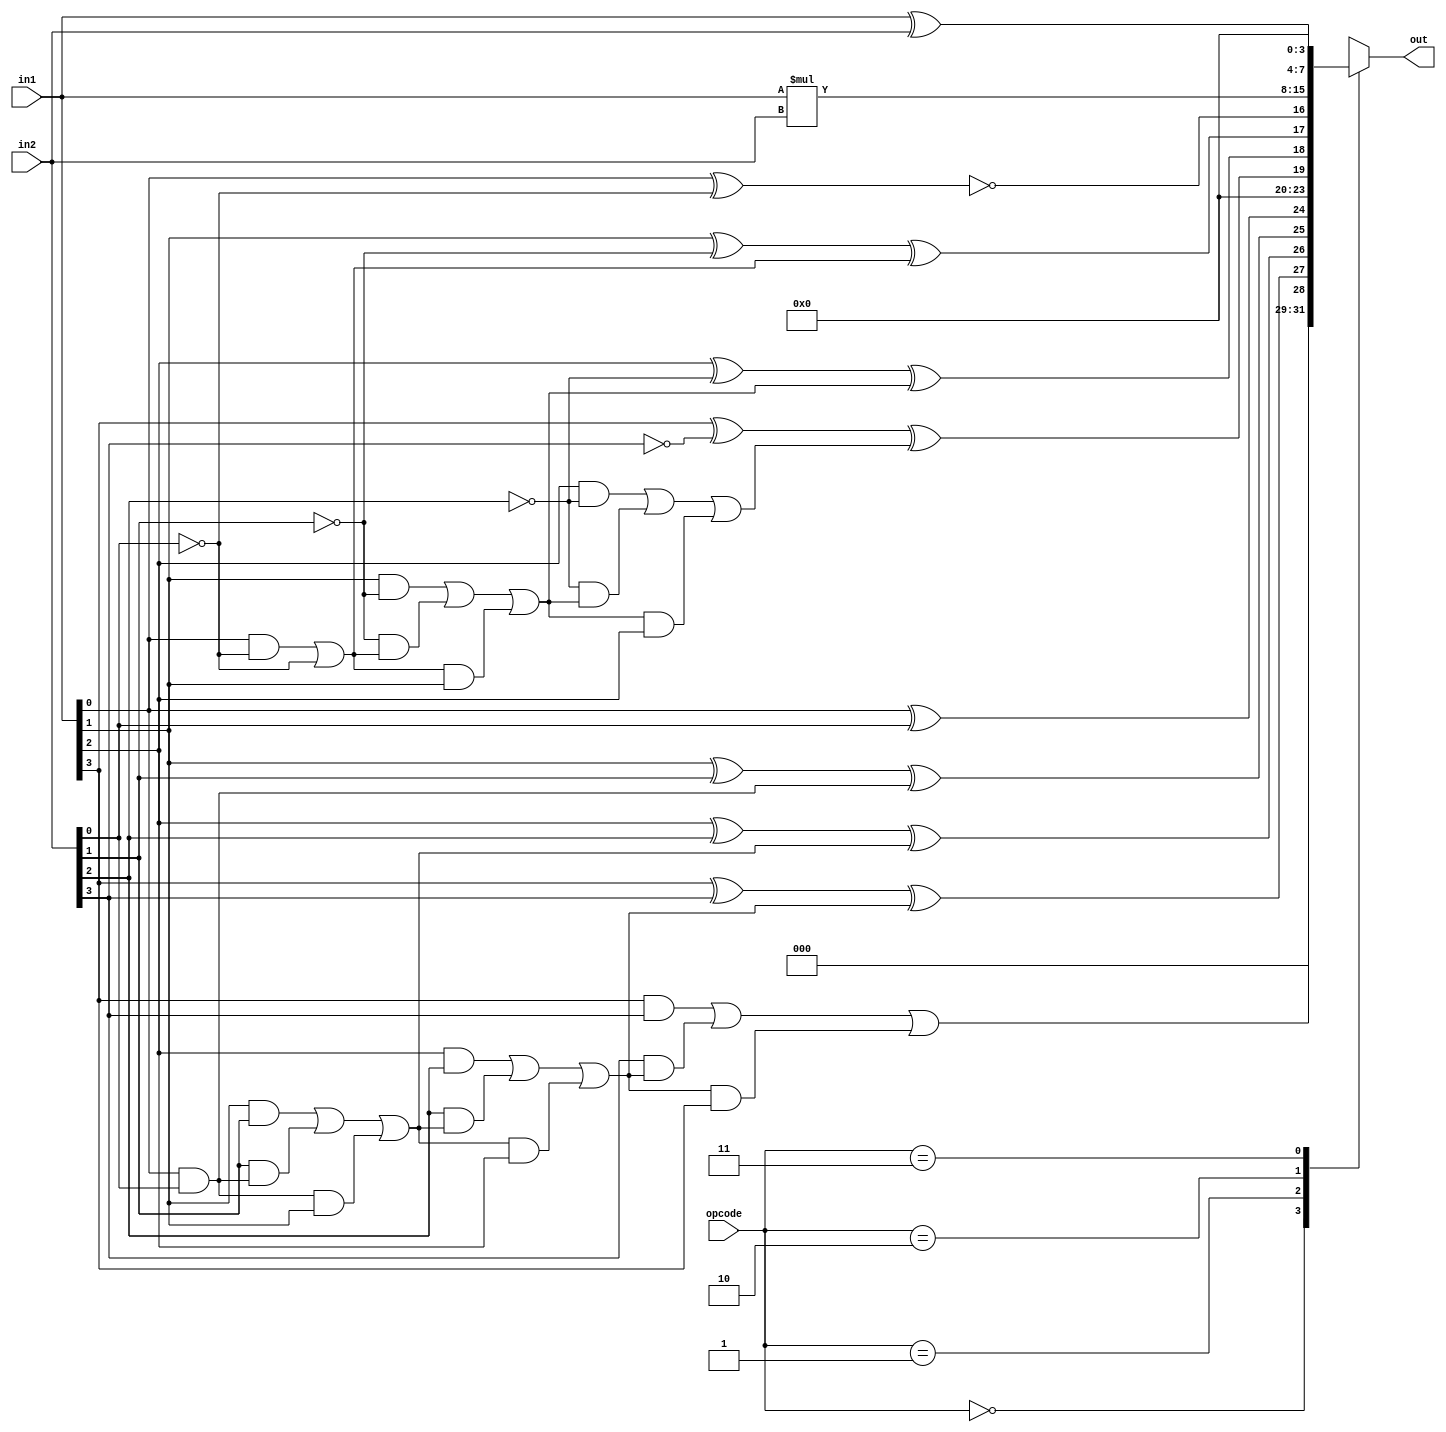
module ALU(opcode,in1,in2,out);
parameter ADD=2'b00,
			 SUB=2'b01,
			 MUL=2'b10,
			 XOR_BIT=2'b11;
input [1:0] opcode;
input [3:0] in1,in2;
output reg [7:0] out;
reg temp_out0,temp_out1,temp_out2,temp_out3,temp_out4;
reg temp_car0,temp_car1,temp_car2,temp_car3;
always@( * ) begin
case(opcode)
ADD: begin
     temp_out0=(in1[0]^in2[0]);
	  temp_car0=(in1[0]&in2[0]);
	  temp_out1=(in1[1]^in2[1]^temp_car0);
	  temp_car1=(in1[1]&in2[1])|(in2[1]&temp_car0)|(temp_car0&in1[1]);
	  temp_out2=(in1[2]^in2[2]^temp_car1);
	  temp_car2=(in1[2]&in2[2])|(in2[2]&temp_car1)|(temp_car1&in1[2]);
	  temp_out3=(in1[3]^in2[3]^temp_car2);
	  temp_out4=(in1[3]&in2[3])|(in2[3]&temp_car2)|(temp_car2&in1[3]);
     out={temp_out4,temp_out3,temp_out2,temp_out1,temp_out0};
     end
SUB: begin
     temp_out0=(in1[0]^(~in2[0])^1'b1);
	  temp_car0=((in1[0]&(~in2[0]))|(~in2[0]&1'b1)|(in1[0]&1'b0));
	  temp_out1=(in1[1]^(~in2[1])^temp_car0);
	  temp_car1=(in1[1]&(~in2[1]))|((~in2[1])&temp_car0)|(temp_car0&in1[1]);
	  temp_out2=(in1[2]^(~in2[2])^temp_car1);
	  temp_car2=(in1[2]&(~in2[2]))|((~in2[2])&temp_car1)|(temp_car1&in1[2]);
	  temp_out3=(in1[3]^(~in2[3])^temp_car2);
     out={temp_out3,temp_out2,temp_out1,temp_out0};
     end
	  
MUL: begin
	  out=in1*in2; 
     end
	  
XOR_BIT : begin
          out=in1^in2;
          end
			 
default: out=8'dx;
endcase
end

endmodule